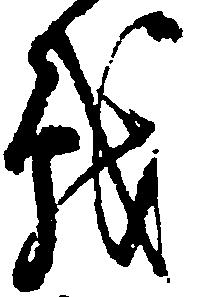
戦